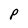
Character: P